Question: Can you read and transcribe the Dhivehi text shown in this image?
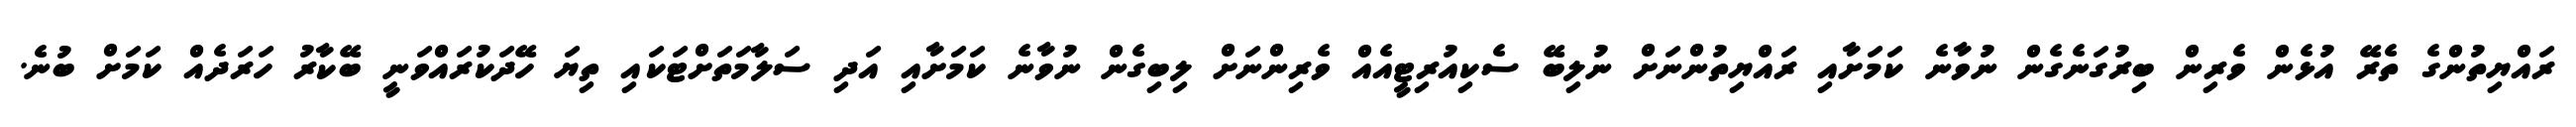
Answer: ރައްޔިތުންގެ ތެރޭ އުޅެން ވެރިން ބިރުގަނެގެން ނުވާނެ ކަމަށާއި ރައްޔިތުންނަށް ނުލިބޭ ސެކިއުރިޓީއެއް ވެރިންނަށް ލިބިގެން ނުވާނެ ކަމަށާއި އަދި ސަލާމަތަށްޓަކައި ތިޔަ ހޭދަކުރައްވަނީ ބޭކާރު ހަރަދެއް ކަމަށް ބުނެ.